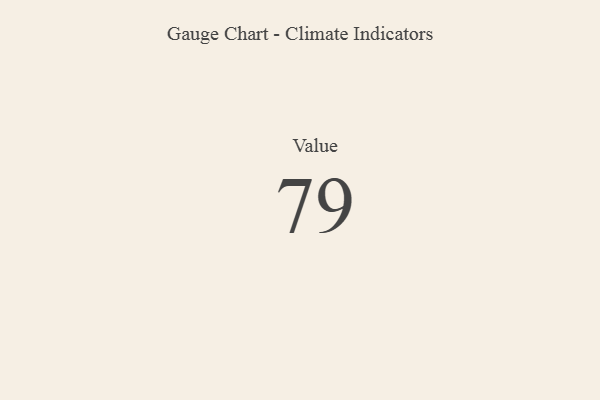
{"axis": {"x": "Metric", "y": "Value"}, "legend": [""], "data": [{"x": "Value", "y": 79, "type": ""}]}